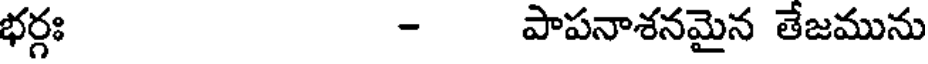
భర్గః - పాపనాశనమైన తేజమును